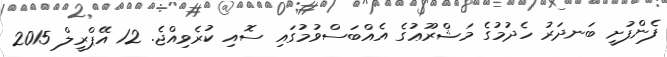
ފެންފުށީ ބަނދަރު ހެދުމުގެ މަޝްރޫޢުގެ އެއްބަސްވުމުގައި ސޮއި ކުރެވިއްޖެ. 12 އޭޕްރީލް 2015